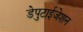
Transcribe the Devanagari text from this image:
डेपुटाईजेशन